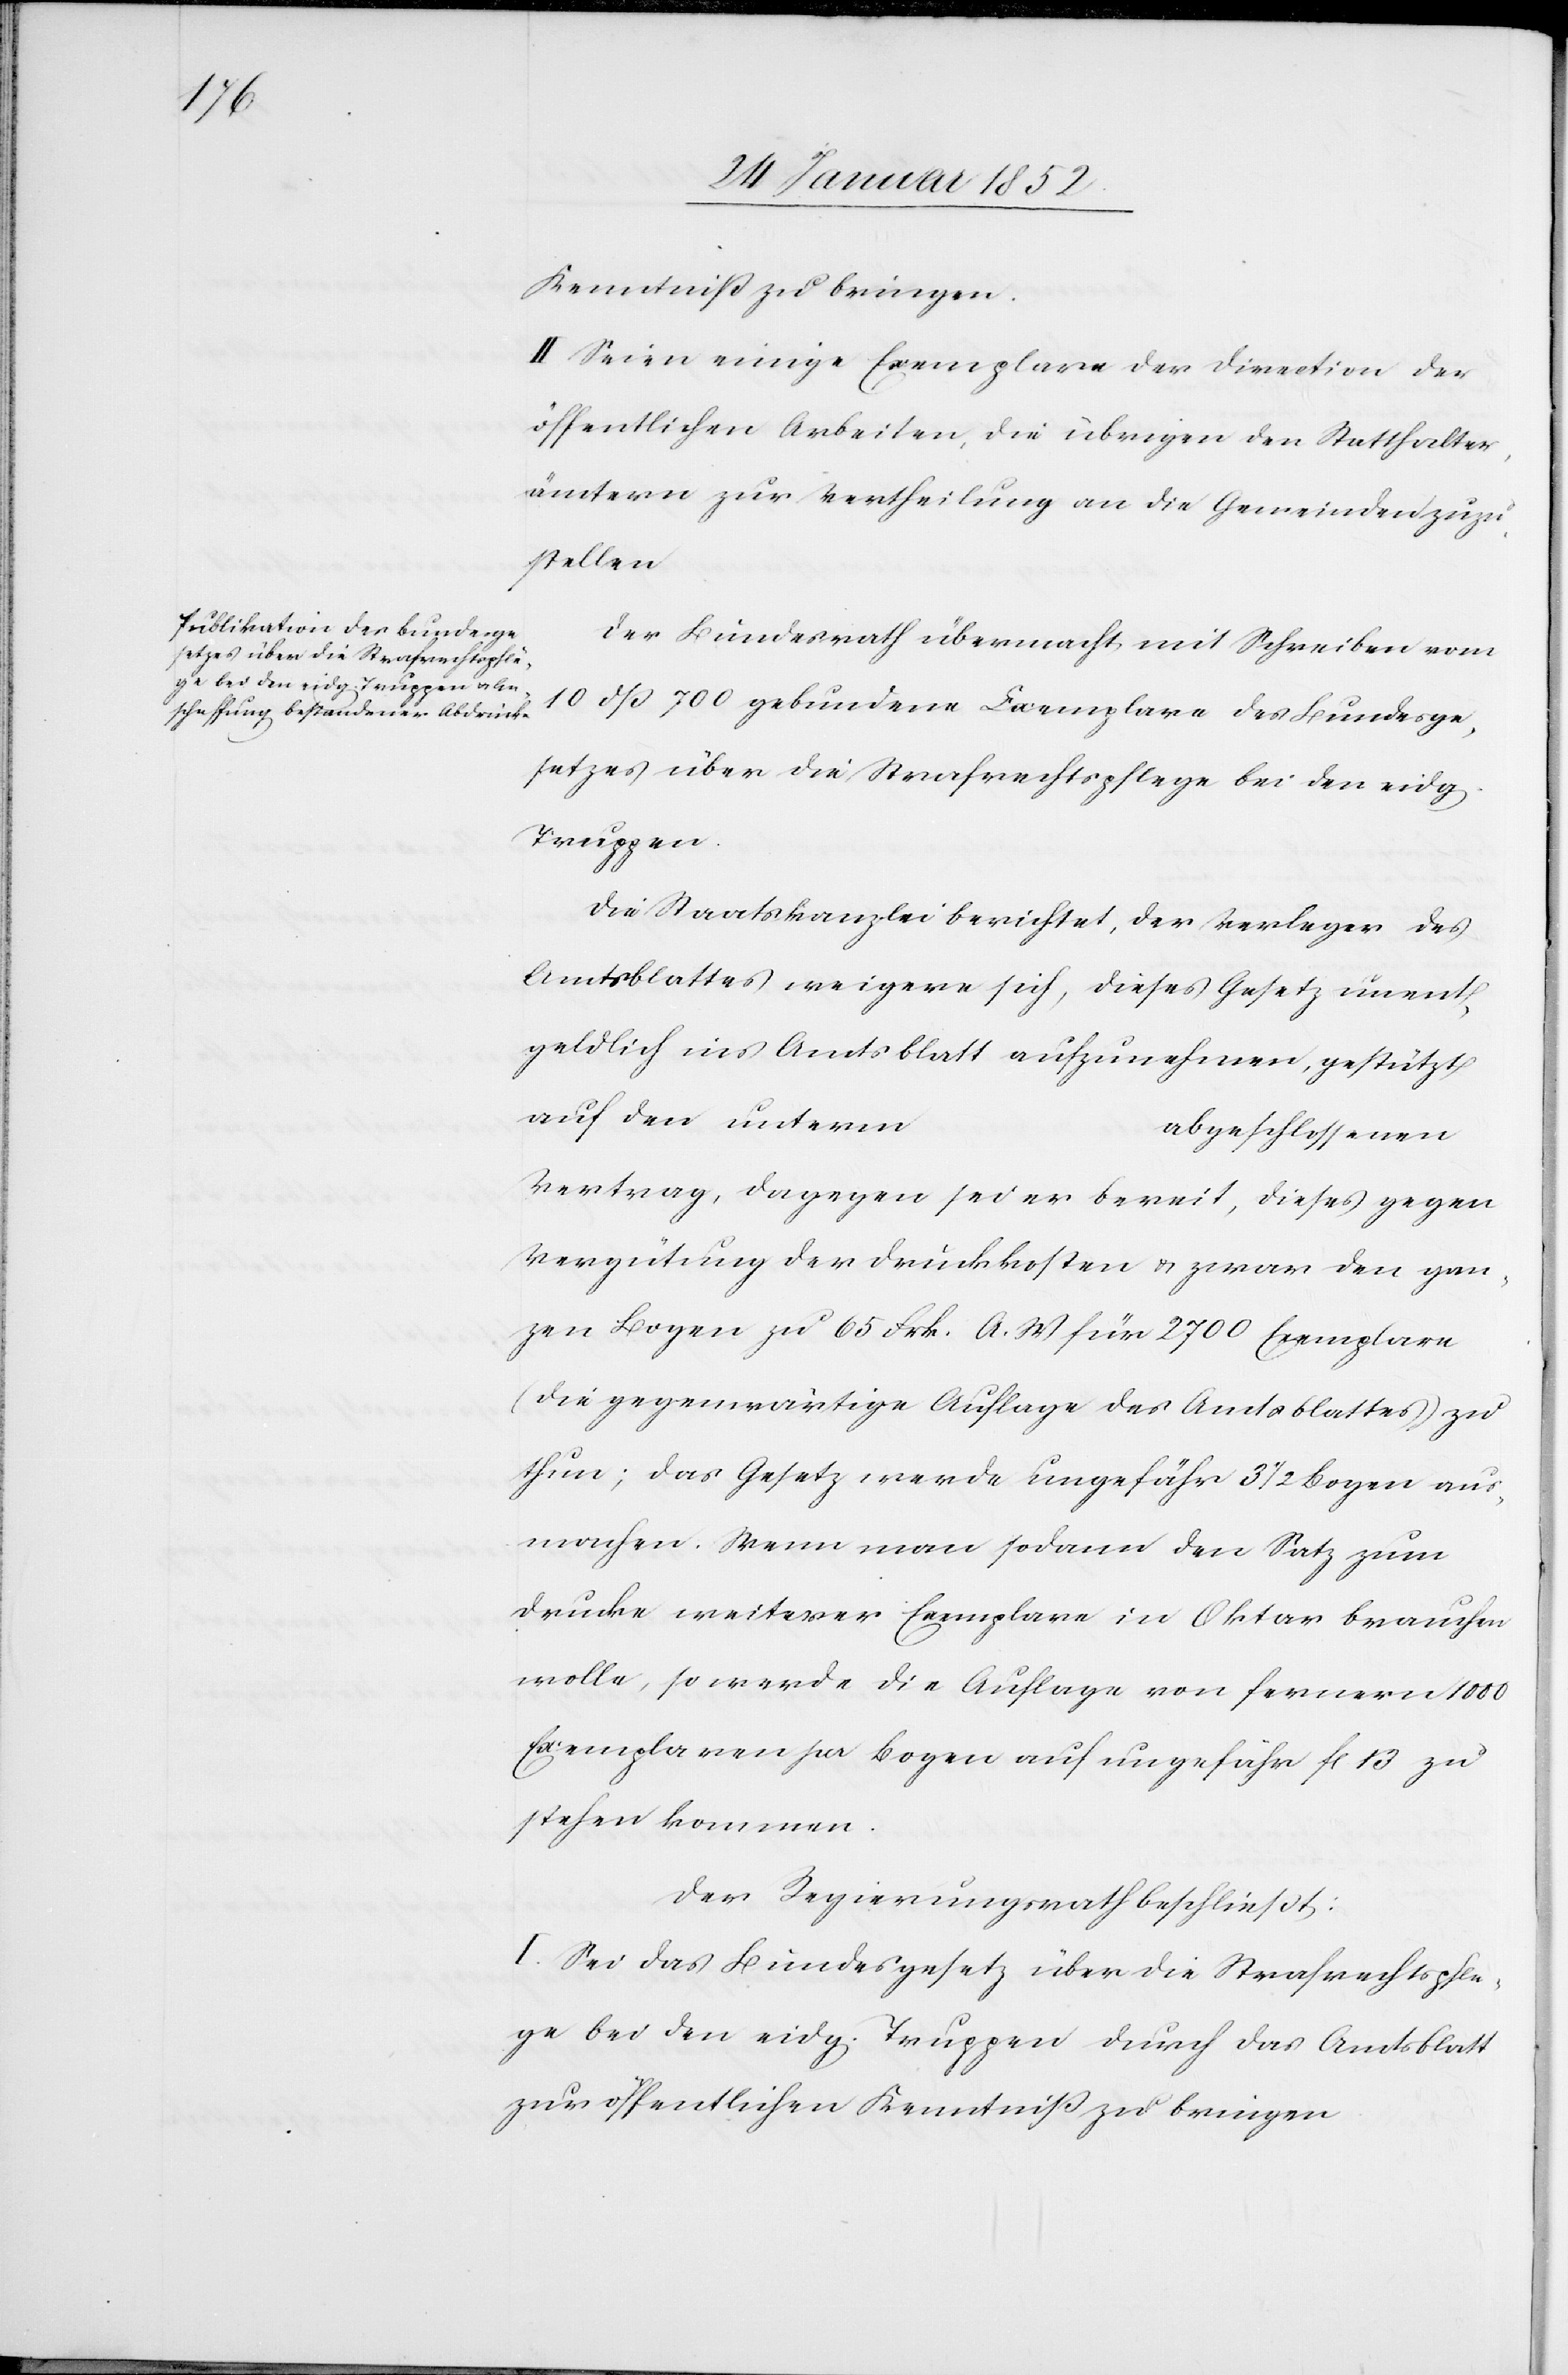
Kenntniß zu bringen.
II. Seien einige Exemplare der Direction der
öffentlichen Arbeiten, die übrigen den Statthalter¬
ämtern zur Vertheilung an die Gemeinden zuzu¬
stellen.
Der Bundesrath übermacht mit Schreiben vom
10 dß 700 gebundene Exemplare des Bundesge¬
setzes über die Strafrechtspflege bei den eidg.
Truppen.
Die Staatskanzlei berichtet, der Verleger des
Amtsblattes weigere sich, dieses Gesetz unent¬
geldlich ins Amtsblatt aufzunehmen, gestützt
auf den unterm
abgeschlossenen
Vertrag, dagegen sei er bereit, dieses gegen
Vergütung der Druckkosten u. zwar den gan¬
zen Bogen zu 65 Frk. A. W. für 2700 Exemplare
(die gegenwärtige Auflage des Amtsblattes) zu
thun; das Gesetz werde ungefähr 3 1/2 Bogen aus¬
machen. Wenn man sodann den Satz zum
Drucke weiterer Exemplare in Oktar brauchen
wolle, so werde die Auflage von fernern 1000
Exemplaren pr Bogen auf ungefähr fl 13 zu
stehen kommen.
Der Regierungsrath beschließt:
I. Sei das Bundesgesetz über die Strafrechtspfle¬
ge bei den eidg. Truppen durch das Amtsblatt
zur öffentlichen Kenntniß zu bringen.